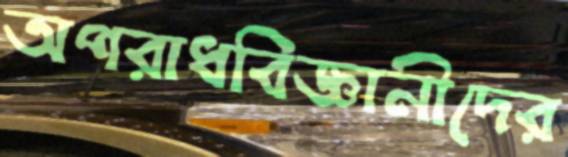
অপরাধবিজ্ঞানীদের